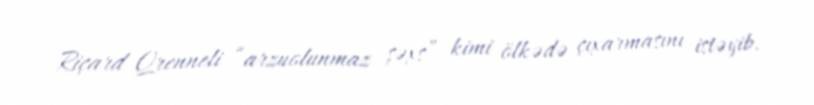
Riçard Qrenneli “arzuolunmaz şəxs” kimi ölkədə çıxarmasını istəyib.